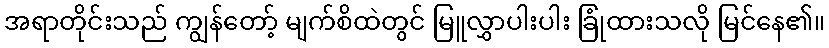
အရာတိုင်းသည် ကျွန်တော့် မျက်စိထဲတွင် မြူလွှာပါးပါး ခြုံထားသလို မြင်နေ၏။